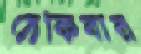
ঠেকিবার